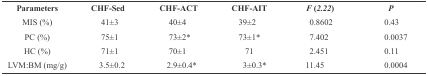
<table><thead><tr><td><b>Parameters</b></td><td><b>CHF-Sed</b></td><td><b>CHF-ACT</b></td><td><b>CHF-AIT</b></td><td><b><i>F </i><i>(2.22</i><i>)</i></b></td><td><b><i>P</i></b></td></tr></thead><tbody><tr><td> MIS (%)</td><td> 41±3</td><td> 40±4</td><td> 39±2</td><td> 0.8602</td><td> 0.43</td></tr><tr><td> PC (%)</td><td> 75±1</td><td> 73±2<sup>*</sup></td><td> 73±1<sup>*</sup></td><td> 7.402</td><td> 0.0037</td></tr><tr><td> HC (%)</td><td> 71±1</td><td> 70±1</td><td> 71</td><td> 2.451</td><td> 0.11</td></tr><tr><td> LVM:BM (mg/g)</td><td> 3.5±0.2</td><td> 2.9±0.4<sup>*</sup></td><td> 3±0.3<sup>*</sup></td><td> 11.45</td><td> 0.0004</td></tr></tbody></table>